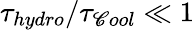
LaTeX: \tau_{hydro}/\tau_{\mathscr{C}ool}\ll1